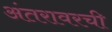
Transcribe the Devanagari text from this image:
अंतरावरची